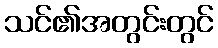
သင်၏အတွင်းတွင်